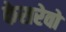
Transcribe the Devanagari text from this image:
केसरेवो